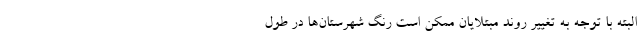
البته با توجه به تغییر روند مبتلایان ممکن است رنگ شهرستان‌ها در طول